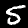
Digit: 5